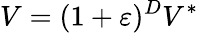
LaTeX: V=(1+\varepsilon)^{D}V^{\ast}